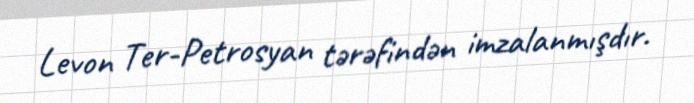
Levon Ter-Petrosyan tərəfindən imzalanmışdır.